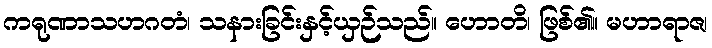
ကရုဏာသဟဂတံ၊ သနားခြင်းနှင့်ယှဉ်သည်။ ဟောတိ၊ ဖြစ်၏။ မဟာရာဇ၊